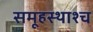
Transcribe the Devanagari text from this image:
समूहस्थाश्च